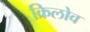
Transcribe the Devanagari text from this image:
क्रिलोव